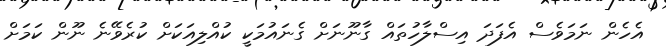
އެހެން ނަމަވެސް އެފަދަ އިސްލާހުތައް ގާނޫނަށް ގެނައުމަކީ ކުއްލިއަކަށް ކުރެވޭނެ ނޫން ކަމަށް